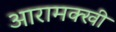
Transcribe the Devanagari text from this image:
आरामक्खी